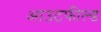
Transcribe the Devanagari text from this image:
आउटफील्‍ड